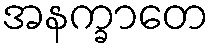
အနက္ခာတေ